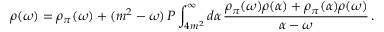
\rho ( \omega ) = \rho _ { \pi } ( \omega ) + ( m ^ { 2 } - \omega ) \, P \int _ { 4 m ^ { 2 } } ^ { \infty } d \alpha \, \frac { \rho _ { \pi } ( \omega ) \rho ( \alpha ) + \rho _ { \pi } ( \alpha ) \rho ( \omega ) } { \alpha - \omega } \, .